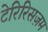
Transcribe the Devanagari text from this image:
टेरिरिसज़म